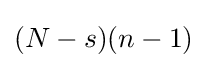
(N-s)(n-1)